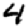
Digit: 4